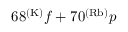
6 8 ^ { ( \mathrm { K ) } } f + 7 0 ^ { ( \mathrm { R b ) } } p